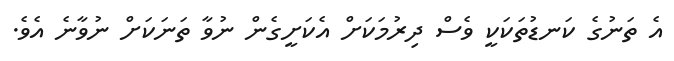
އެ ތަނުގެ ކަނޑުތަކަކީ ވެސް ދިރުމަކަށް އެކަށީގެން ނުވާ ތަނަކަށް ނުވާނެ އެވެ.